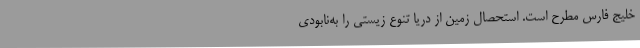
خلیج فارس مطرح است. استحصال زمین از دریا تنوع زیستی را به‌نابودی